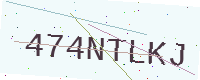
Text: 474NTLKJ